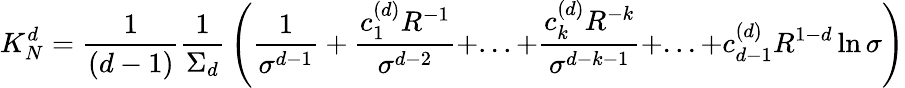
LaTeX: K_{N}^{d}={\frac{1}{(d-1)}}{\frac{1}{\Sigma_{d}}}\left({\frac{1}{\sigma^{d-1}}}+{\frac{c_{1}^{(d)}R^{-1}}{\sigma^{d-2}}}+...+{\frac{c_{k}^{(d)}R^{-k}}{\sigma^{d-k-1}}}+...+c_{d-1}^{(d)}R^{1-d}\ln\sigma\right)